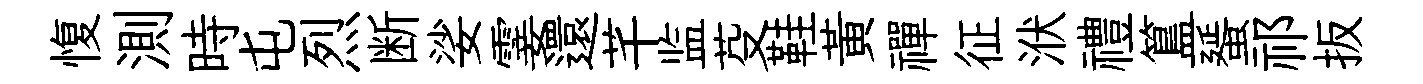
愎測時屯烈断娑霎還芊监芟鞋黄禪征洑禮簋蜑祁扳